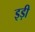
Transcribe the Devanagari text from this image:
इड़ी